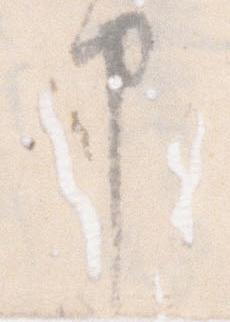
申